Vaccination in the Punjab 1883-1896 - 1883-1896
Year: 1883
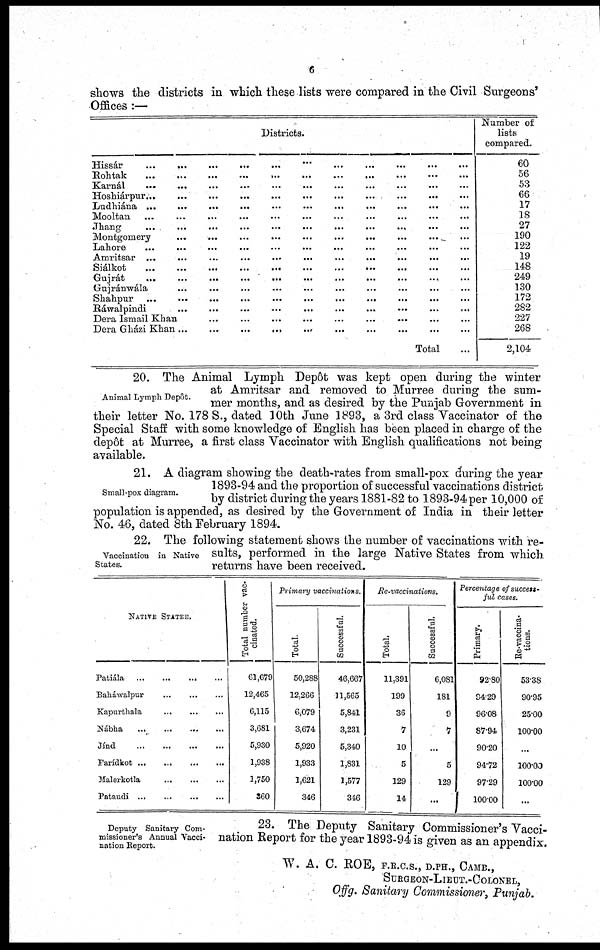
6
shows the districts in which these lists were compared in the Civil Surgeons'
Offices :—
Districts.
Hissár
...
...
...
...
...
...
...
...
...
...
...
Rohtak
...
...
...
...
...
...
...
...
...
...
...
Kamál ... ... ... ... ... ... ... ... ... ... ...
Hoshiárpur
...
...
...
...
...
...
...
...
...
...
...
Ludhiána ... ... ... ... ... ... ... ... ... ... ...
Mooltan ... ... ... ... ... ... ... ... ... ... ...
Jhang ... ... ... ... ... ... ... ... ... ... ...
Montgomery ... ... ... ... ... ... ... ... ... ...
Lahore ... ... ... ... ... ... ... ... ... ... ...
Amritsar ... ... ... ... ... ... ... ... ... ... ...
Siálkot
...
...
...
...
...
...
...
...
...
...
...
Gujrát ... ... ... ... ... ... ... ... ... ... ...
Gnjránwála ... ... ... ... ... ... ... ... ... ...
Shahpur
...
...
...
...
...
...
...
...
...
...
...
Rawalpindi ... ... ... ... ... ... ... ... ... ...
Dera Ismail Khan ... ... ... ... ... ... ... ... ...
Dera Gházi Khan ... ... ... ... ... ... ... ... ...
Total ...
Number of
lists
compared.
60
56
53
66
17
18
27
190
122
19
148
249
130
172
282
227
268
2,104
Animal Lymph Depôt.
20. The Animal Lymph Depôt was kept open during the winter
at Amritsar and removed to Murree during the sum-
mer months, and as desired by the Punjab Government in
their letter No. 178 S., dated 10th June 1893, a 3rd class Vaccinator of the
Special Staff with some knowledge of English has been placed in charge of the
depôt at Murree, a first class Vaccinator with English qualifications not being
available.
Small-pox diagram.
21. A diagram showing the death-rates from small-pox during the year
1893-94 and the proportion of successful vaccinations district
by district during the years 1881-82 to 1893-94 per 10,000 of
population is appended, as desired by the Government of India in their letter
No. 46, dated 8th February 1894.
Vaccination in Native
States.
22. The following statement shows the number of vaccinations with re-
sults, performed in the large Native States from which
returns have been received.
NATIVE STATEE.
Patiála ... ... ... ...
Baháwalpur ... ... ...
Kapurthala
...
...
...
Nábha
...
...
...
...
Jínd
...
...
...
...
Farídkot
...
...
...
...
Malerkotla
...
...
...
Pataudi ... ... ... ...
Total number vac-
cinated.
61,679
12,465
6,115
3,681
5,930
1,938
1,750
360
Primary vaccinations.
Total.
50,288
12,266
6,079
3,674
5,920
1,933
1,621
346
Successful.
46,667
11,565
5,841
3,231
5,340
1,831
1,577
346
Re-vaccinations.
Total.
11,391
199
36
7
10
5
129
14
Successful.
6,081
181
9
7
...
5
129
...
Percentage of success¬
ful cases.
Primary.
92.80
94.29
96.08
87.94
90.20
94.72
97.29
100.00
Re-vaccina-
tions.
53.38
90.95
25.00
100.00
...
100.00
100.00
...
Deputy Sanitary Com-
missioner's Annual Vacci-
nation Report.
23. The Deputy Sanitary Commissioner's Vacci-
nation Report for the year 1893-94 is given as an appendix.
W. A. C. ROE, F.R.C.S., D.PH.,CAMB.,
SURGEON-LIEUT.-COLONEL,
Offg. Sanitary Commissioner, Punjab.